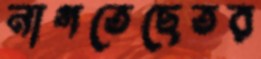
নাগতেছেতর